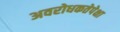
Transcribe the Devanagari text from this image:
अवरोधकतेपेक्षा